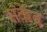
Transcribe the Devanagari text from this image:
संकेंद्र